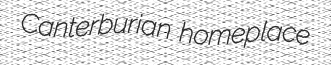
Canterburian homeplace